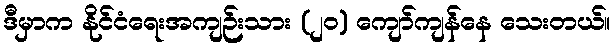
ဒီမှာက နိုင်ငံရေးအကျဉ်းသား (၂၀) ကျော်ကျန်နေ သေးတယ်။